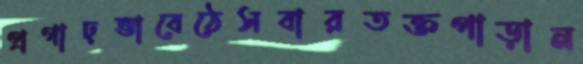
প্রগাঢ়ভাবেঠেসবারতক্তপাড়ান